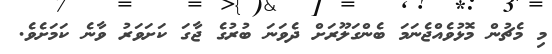
މި މެޗުން މޮޅުވެއްޖެނަމަ ބެންގަލޫރަށް ދެވަނަ ބުރުގެ ޖާގަ ކަށަވަރު ވާނެ ކަމަށެވެ.